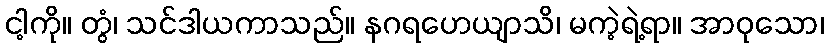
ငါ့ကို။ တွံ၊ သင်ဒါယကာသည်။ နဂရဟေယျာသိ၊ မကဲ့ရဲ့ရာ။ အာဝုသော၊